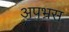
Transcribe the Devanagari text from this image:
अपभ्रस